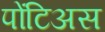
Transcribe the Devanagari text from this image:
पोंटिअस